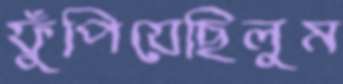
ফুঁপিয়েছিলুম